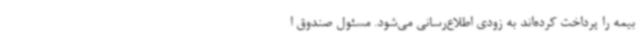
بیمه را پرداخت کرده‌اند به زودی اطلاع‌رسانی می‌شود. مسئول صندوق ا